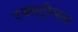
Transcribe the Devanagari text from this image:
एक्सट्रीमल